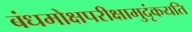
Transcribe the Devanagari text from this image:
बंधमोक्षपरीक्षामुदृंकयति